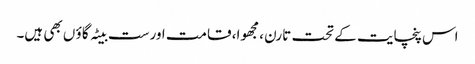
اس پنچایت کے تحت تارن ، مجھوا، قامت اورست بیٹہ گاؤ ں بھی ہیں۔